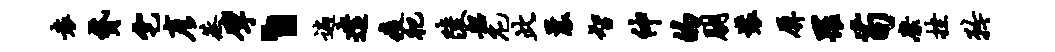
袁贷宅彦蒸擘丶遍遣疫祀陵韶庀此曩智仲的朋装屏罹苟縻挫矜